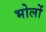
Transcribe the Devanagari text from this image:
भोलों